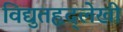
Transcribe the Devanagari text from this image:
विद्युतहृद्‌लेखी